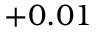
+ 0 . 0 1